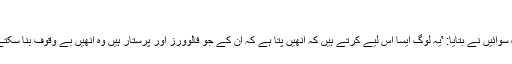
'
اشوک سوائیں نے بتایا: 'یہ لوگ ایسا اس لیے کرتے ہیں کہ انھیں پتا ہے کہ ان کے جو فالوورز اور پرستار ہیں وہ انھیں بے وقوف بنا سکتے ہیں۔